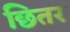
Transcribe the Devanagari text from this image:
छितर